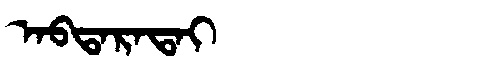
Manchu: ᠠᠪᡨᠠᡵᠠᡨᠠᡳ
Romanization: ABTARATAI